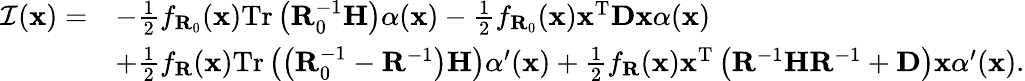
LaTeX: \begin{array}{rl}{\mathcal{I}(\mathbf{x})=}&{-\frac{1}{2}f_{\mathbf{R}_{0}}(\mathbf{x})\mathrm{Tr}\left(\mathbf{R}_{0}^{-1}\mathbf{H}\right)\alpha(\mathbf{x})-\frac{1}{2}f_{\mathbf{R}_{0}}(\mathbf{x})\mathbf{x}^{\mathrm{T}}\mathbf{D}\mathbf{x}\alpha(\mathbf{x})}\\ &{+\frac{1}{2}f_{\mathbf{R}}(\mathbf{x})\mathrm{Tr}\left(\left(\mathbf{R}_{0}^{-1}-\mathbf{R}^{-1}\right)\mathbf{H}\right)\alpha^{\prime}(\mathbf{x})+\frac{1}{2}f_{\mathbf{R}}(\mathbf{x})\mathbf{x}^{\mathrm{T}}\left(\mathbf{R}^{-1}\mathbf{H}\mathbf{R}^{-1}+\mathbf{D}\right)\mathbf{x}\alpha^{\prime}(\mathbf{x}).}\end{array}